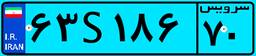
۶۳S۱۸۶۷۰